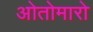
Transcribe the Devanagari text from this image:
ओतोमारो